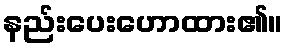
နည်းပေးဟောထား၏။